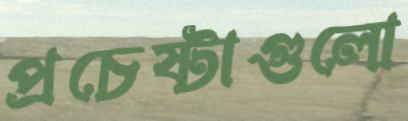
প্রচেষ্টাগুলো